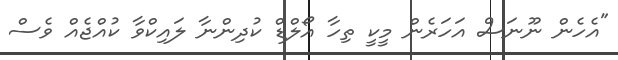
"އެހެން ނޫނަސް އަހަރެން މީކީ ތިހާ އޯލްޑް ކުދިންނާ ލައިކްވާ ކުއްޖެއް ވެސް